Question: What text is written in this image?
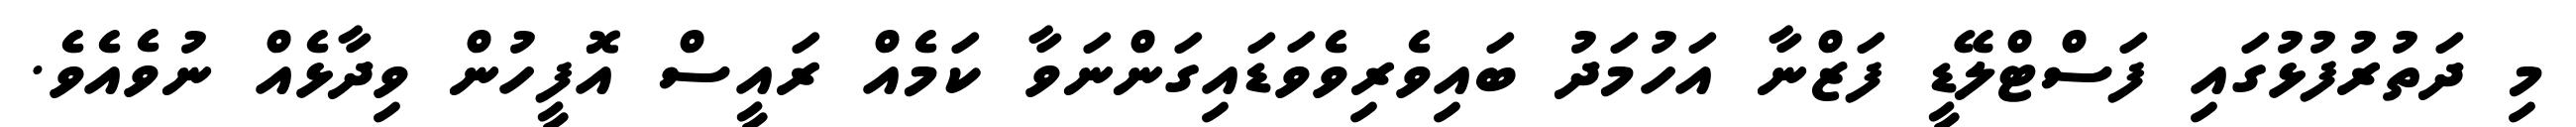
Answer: މި ދަތުރުފުޅުގައި ފަސްޓްލޭޑީ ފަޒްނާ އަހުމަދު ބައިވެރިވެވަޑައިގަންނަވާ ކަމެއް ރައީސް އޮފީހުން ވިދާޅެއް ނުވެއެވެ.